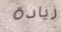
زيادة